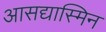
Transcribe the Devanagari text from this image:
आसद्यास्मिन